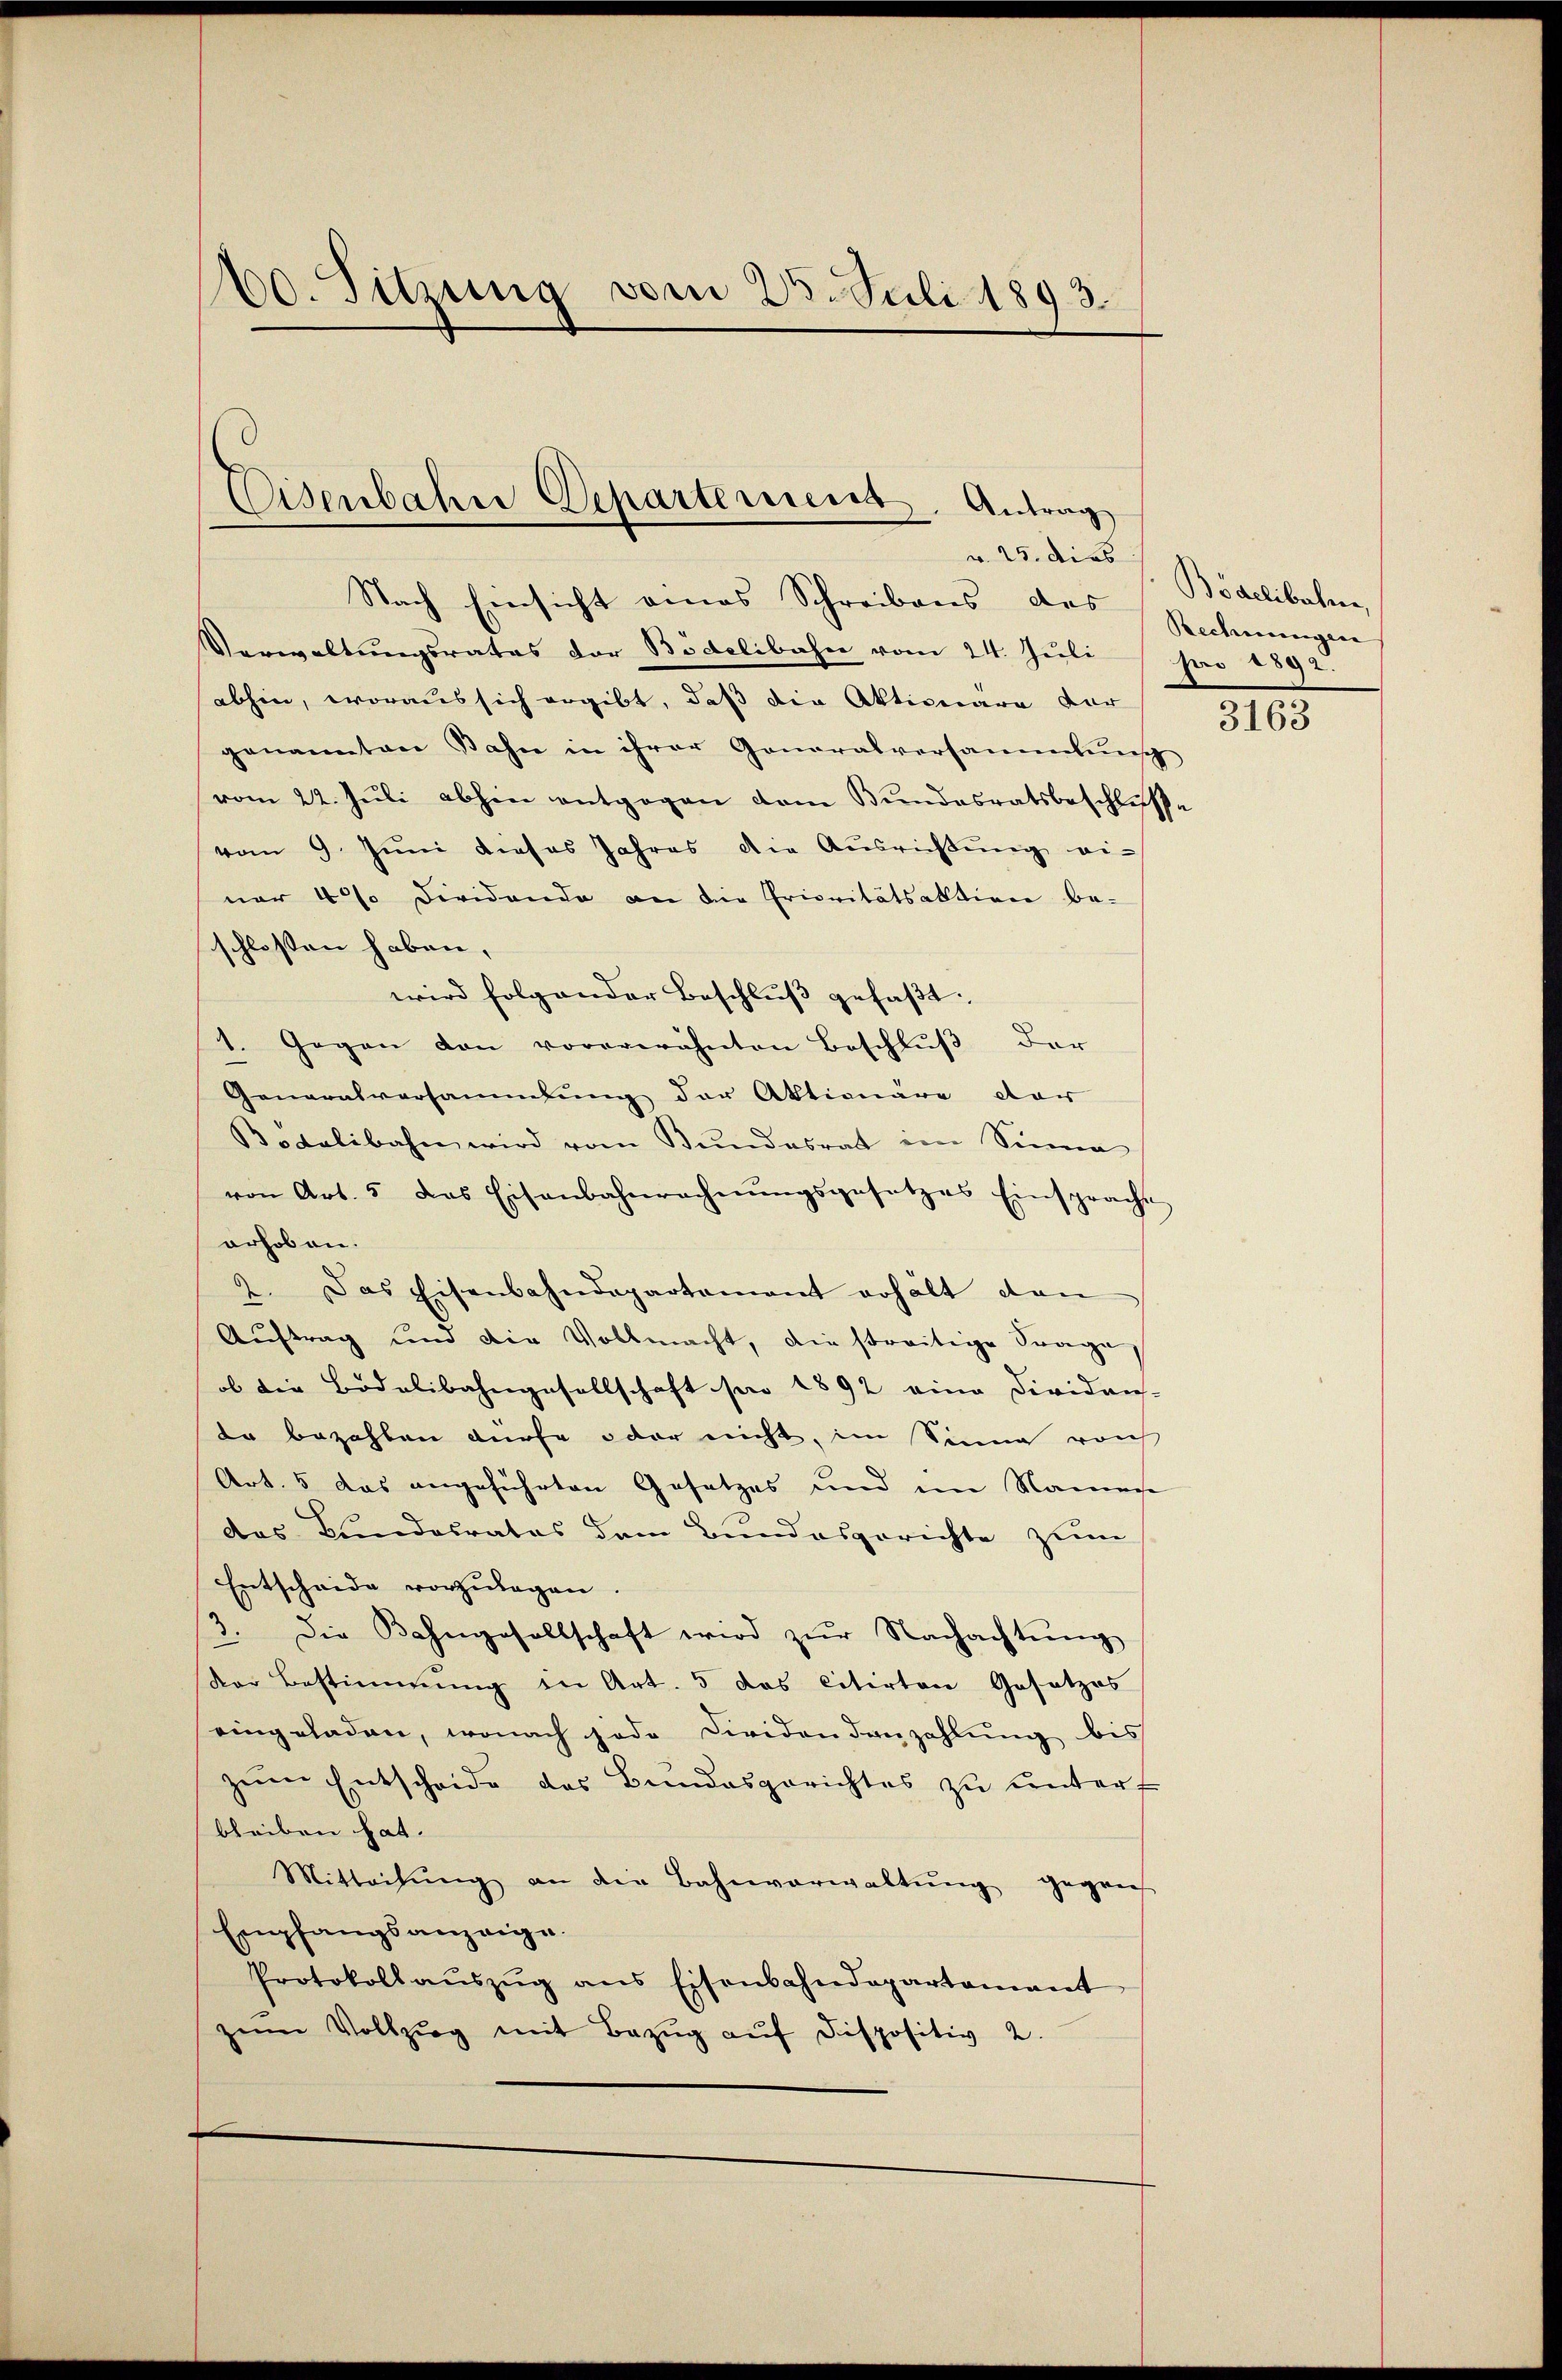
10. Sitzung vom 25. Juli 1893.

Eisenbahne Departement. Antrag
v. 25. dies

Nach Einsicht eines Schreibens des
Verwaltungsrates der Bidelibahn vom 24. Juli (pro 1892.
abhin, woraus sich ergibt, daß die Aktionare der
genannten Bahn in ihrer Generalversammlung
vom 22. Jŭli abhin entgegen dem Bŭndesratsbeschlusse
vom 9. Juni dieses Jahres die Ausrichtŭng ei-
nar 4% Dividando an die Prioritätsaktion be-
schlossen haben, |
wird folgender Beschluß gefaßt.
1. Gegen den vorerwähnten Beschlŭβ der
Generalversammlung der Aktionäre dar
Bidelibahn wird vom Bŭndesrat im Sinne
von Art. 5 das Eisenbahnrechnŭngsgesetzes Einspracht
orhoben.
2. Das Eisenbahndepartement erhält dan
Auftrag und die Vollmacht, die streitige Frage
ob die Bodelibahngesellschaft pro 1892 eine Dividan-
da bezahlen dürfe oder nicht, im Sinne vorh
Art. 5 das angeführten Gesetzes und im Namense
das Bundesrates dem Bundesgerichte zum
Entscheide vorzŭlegen.
3. Die Bahngesellschaft wird zŭr Nachachtŭng
dor Bestimmung in Art. 5 das citirten Gesetzes
eingeladen, wonach jede Dividandanzahlung bis
zŭm Entscheide des Bŭndesgerichtes zŭ ŭntert
bleiben hat.
Mitteilŭng an die Bahnverwaltŭng gegen
Empfangsanzeige.
Protokoll aŭszŭg ans Eisenbahndepartamant
zŭm Vollzŭg mit Bezŭg aŭf dispositiv 2.

Bödelibachen
Rechnungen

3163